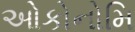
ઓકોનોમિ